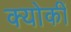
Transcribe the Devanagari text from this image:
क्योकीं